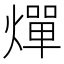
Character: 燀